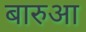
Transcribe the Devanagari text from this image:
बारुआ